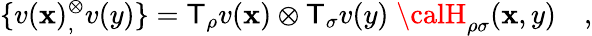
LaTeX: \{ v(\mathbf{x}){}_{,}^{\otimes}v(y)\} =\mathsf{T}_{\rho}v(\mathbf{x})\otimes\mathsf{T}_{\sigma}v(y)\; {\calH}_{\rho\sigma}(\mathbf{x},y)\quad,